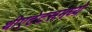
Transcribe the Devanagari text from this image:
थीएटेटसमध्ये